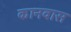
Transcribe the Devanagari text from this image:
कानवास